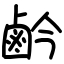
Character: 鹶